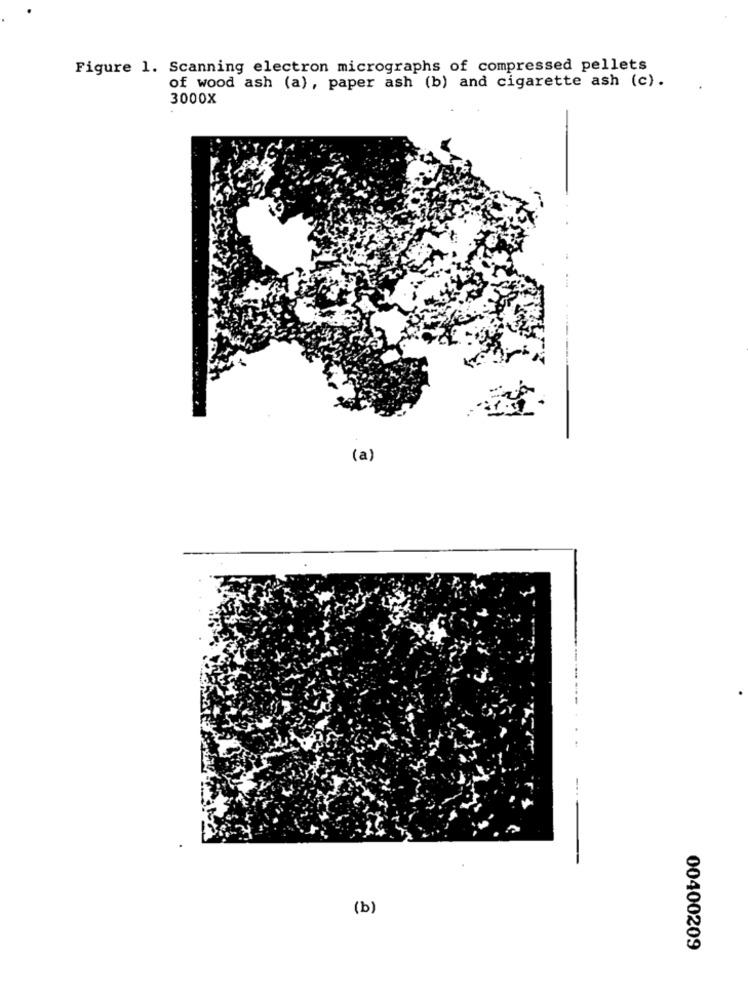
Figure 1. Scanning electron micrographs of compressed pellets
of wood ash (a), paper ash (b) and cigarette ash (c).
3000X
(a)
(b)
00400209